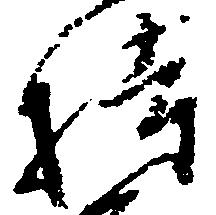
持